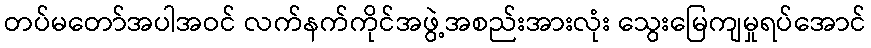
တပ်မတော်အပါအဝင် လက်နက်ကိုင်အဖွဲ့အစည်းအားလုံး သွေးမြေကျမှုရပ်အောင်